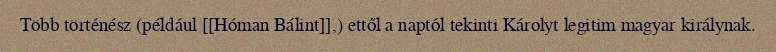
Több történész (például [[Hóman Bálint]],) ettől a naptól tekinti Károlyt legitim magyar királynak.